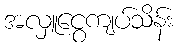
အလှူငွေကျပ်သိန်း